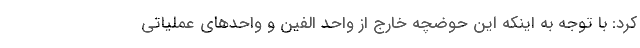
کرد: با توجه به اینکه این حوضچه خارج از واحد الفین و واحد‌های عملیاتی